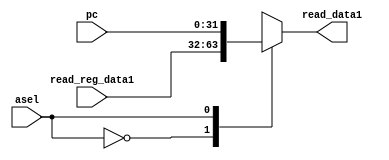
module input1_mux(
input [31:0] read_reg_data1,
input [31:0] pc,
input asel,
output reg [31:0] read_data1
);

always @(*)
begin
  case(asel)
   1'b0: read_data1 = read_reg_data1;
   1'b1: read_data1 = pc;
  endcase 
end

endmodule